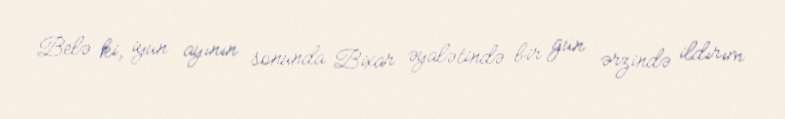
Belə ki, iyun ayının sonunda Bixar əyalətində bir gün ərzində ildırım